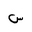
Letter: _sin